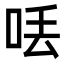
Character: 𠲍